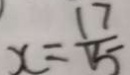
x = \frac { 1 7 } { 1 5 }